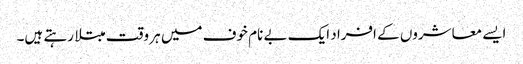
ایسے معاشروں کے افراد ایک بے نام خوف میں ہر وقت مبتلا رہتے ہیں۔